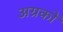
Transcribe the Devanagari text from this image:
अग्रकों